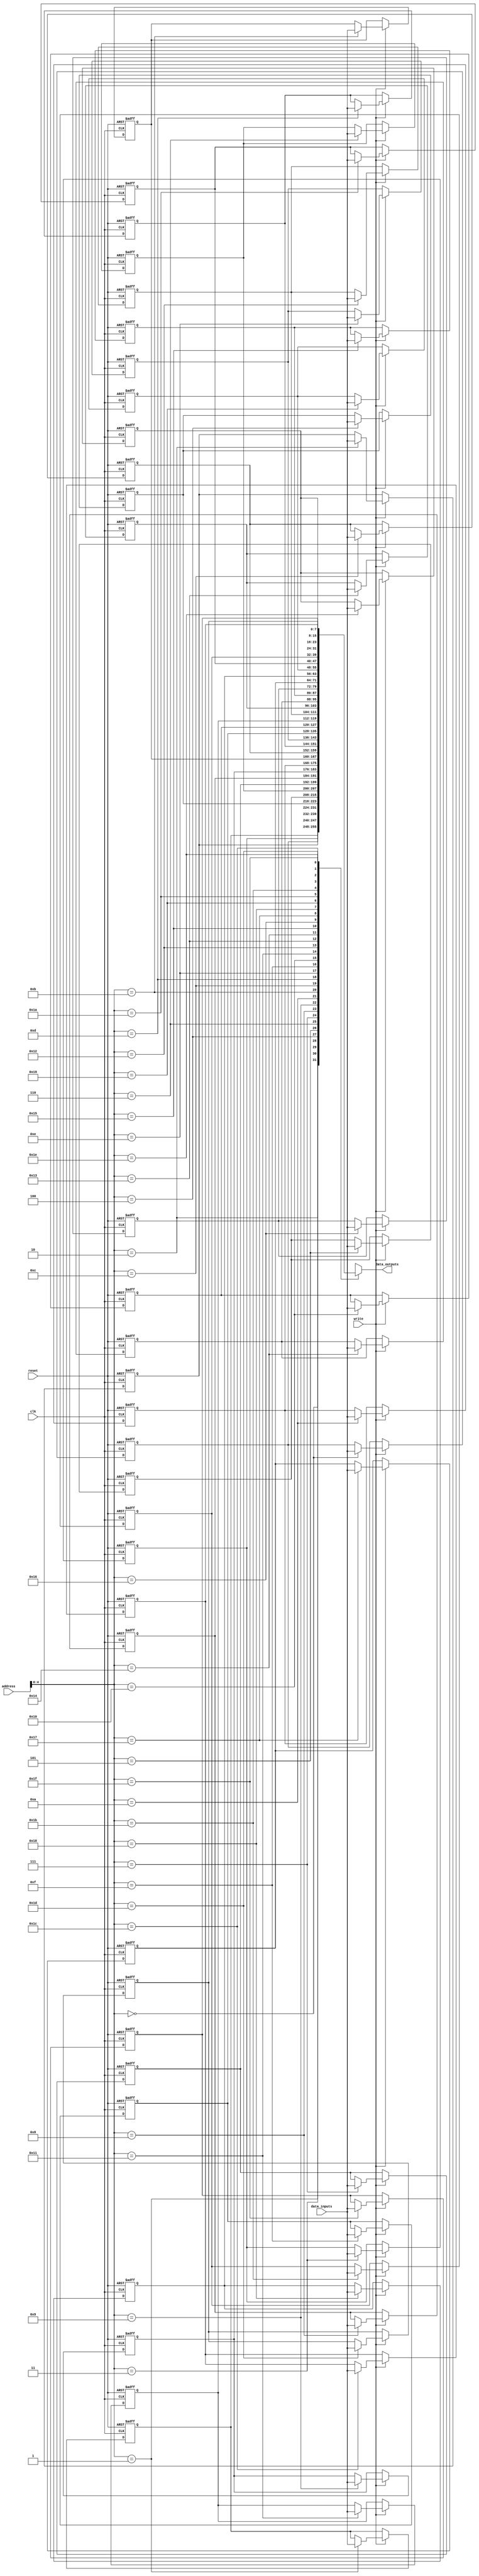
`timescale 1ns / 1ps

module DataMemory(
		input clk,
		input reset,
		input [7:0] address,
		input write,
		input [7:0] data_inputs,
		output [7:0] data_outputs
	);

	reg [7:0] registers[31:0];
	integer i;

	assign data_outputs = registers[address[4:0]];

	initial begin
		for (i = 0; i < 16; i = i + 1) begin
			registers[i] <= i;
		end
		for (i = 0; i < 16; i = i + 1) begin
			registers[i + 16] <= -i;
		end
	end

	always @(posedge reset or posedge clk) begin
		if (reset) begin
			for (i = 0; i < 16; i = i + 1) begin
				registers[i] <= i;
			end
			for (i = 0; i < 16; i = i + 1) begin
				registers[i + 16] <= -i;
			end
		end else begin
			if (write)
				registers[address[4:0]] <= data_inputs;
		end
	end
endmodule